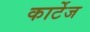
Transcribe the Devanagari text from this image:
कार्टेज